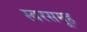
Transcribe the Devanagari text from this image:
स्वरसमूह